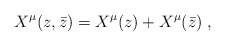
\begin{align*}X^{\mu}(z,\bar{z})=X^{\mu}(z)+X^{\mu}(\bar{z})\;,\end{align*}